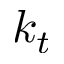
k _ { t }